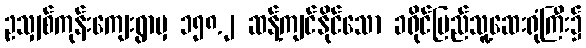
ဥသျှစ်ကုန်းကျေးရွာမှ ၁၅၈.၂ ဆန့်ကျင်နိုင်သော ခရိုင်ပြည်သူ့ဆေးရုံကြီး၌